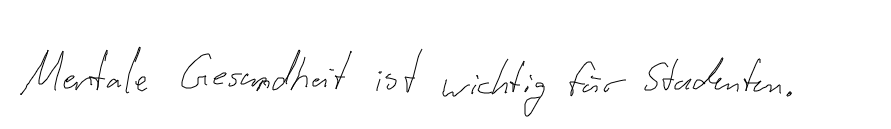
Mentale Gesundheit ist wichtig für Studenten.